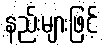
နည်းများဖြင့်